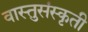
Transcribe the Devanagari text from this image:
वास्तुसंस्कृती